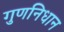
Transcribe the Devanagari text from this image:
गुणनिधान